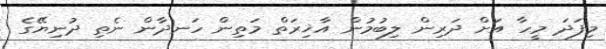
މިފަދަ މީހާ އަށް ދަރިން ލިބުމުން އާޚިރަތް މަތިން ހަނދާން ނެތި ދުނިޔޭގެ